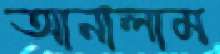
আনালাম